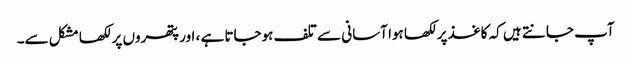
آپ جانتے ہیں کہ کاغذ پر لکھا ہوا آسانی سے تلف ہوجاتا ہے ، اور پتھروں پر لکھا مشکل سے۔